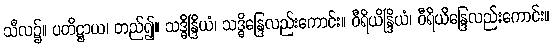
သီလ၌။ ပတိဋ္ဌာယ၊ တည်၍။ သဒ္ဓိန္ဒြိယံ၊ သဒ္ဓိန္ဒြေလည်းကောင်း။ ဝီရိယိန္ဒြိယံ၊ ဝီရိယိန္ဒြေလည်းကောင်း။